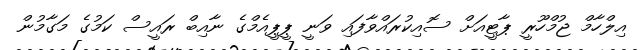
އިލްހާމް ޖުމްހޫރީ ޕާޓީއަށް ސޮއިކުރައްވާފައި ވަނީ ޕީޕީއެމްގެ ނާއިބް ރައީސް ކަމުގެ މަގާމުން